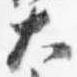
大